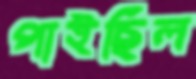
পাইছিল